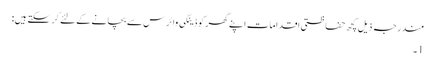
مندرجہ ذیل کچھ حفاظتی اقدامات اپنے گھر کو ڈینگی وائرس سے بچانے کے لئے کر سکتے ہیں:
1۔